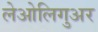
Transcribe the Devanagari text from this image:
लेओलिगुअर